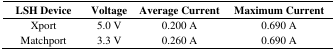
<table><thead><tr><td><b>LSH Device</b></td><td><b>Voltage</b></td><td><b>Average Current</b></td><td><b>Maximum Current</b></td></tr></thead><tbody><tr><td>Xport</td><td>5.0 V</td><td>0.200 A</td><td>0.690 A</td></tr><tr><td>Matchport</td><td>3.3 V</td><td>0.260 A</td><td>0.690 A</td></tr></tbody></table>